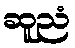
ဆူညံ